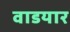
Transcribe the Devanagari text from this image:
वाडयार